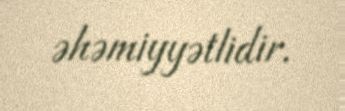
əhəmiyyətlidir.